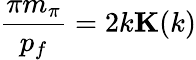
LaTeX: \frac{\pi m_{\pi}}{p_{f}}=2k{\mathbf K}(k)